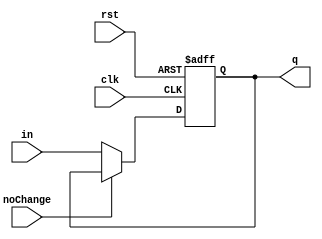
module flipFlop(input clk, rst, in, noChange, output reg q );
  always@(negedge clk, posedge rst)begin 
    if(rst)
      q <= 1'b0;
    else begin
      
if(noChange == 0)
      
  q <= in;
    end
  end
  
endmodule